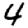
Digit: 4